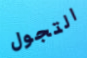
التجول